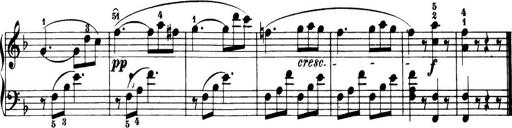
Title: 32 Sonatinas and Rondos for the Piano
Composer: Richard Kleinmichel